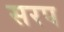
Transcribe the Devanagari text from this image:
सरप